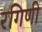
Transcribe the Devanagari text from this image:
रगिणी